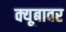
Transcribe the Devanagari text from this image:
क्यूबावर